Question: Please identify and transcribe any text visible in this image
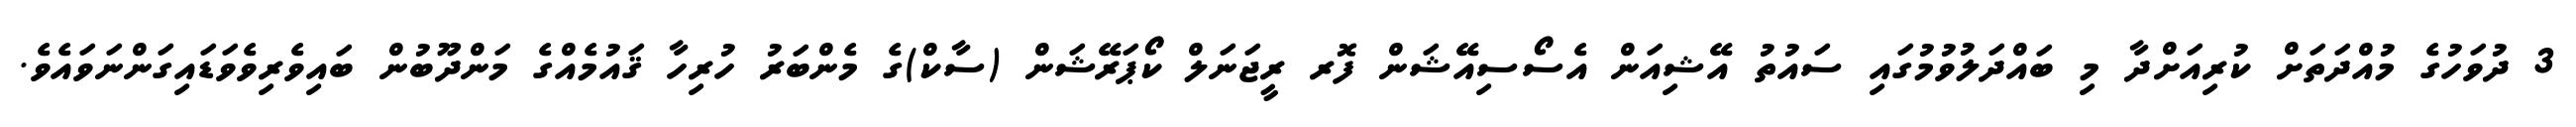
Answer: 3 ދުވަހުގެ މުއްދަތަށް ކުރިއަށްދާ މި ބައްދަލުވުމުގައި ސައުތު އޭޝިއަން އެސޯސިއޭޝަން ފޮރ ރީޖަނަލް ކޯޕަރޭޝަން (ސާކް)ގެ މެންބަރު ހުރިހާ ޤައުމެއްގެ މަންދޫބުން ބައިވެރިވެވަޑައިގަންނަވައެވެ.